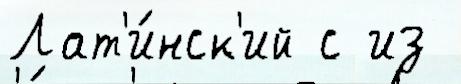
Лат'и́нск'ий с из